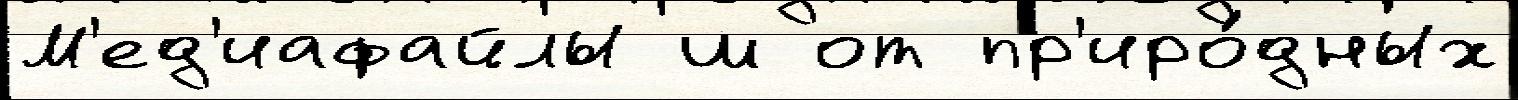
М'ед'иафайлы ш от пр'иро́дных